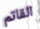
القاتم